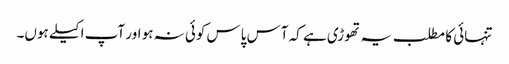
تنہائی کا مطلب یہ تھوڑی ہے کہ آس پاس کوئی نہ ہو اور آپ اکیلے ہوں۔